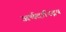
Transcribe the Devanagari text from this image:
अर्थदारिद्रय